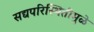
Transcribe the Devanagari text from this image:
सद्यपरिस्थितीमुळे